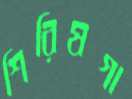
শিরিষগা